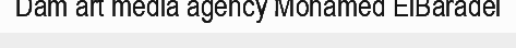
Dam art media agency Mohamed ElBaradei